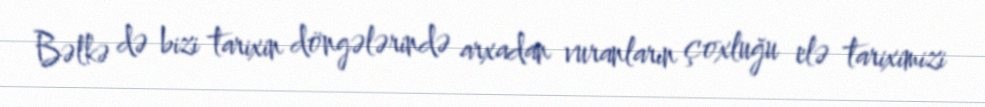
Bəlkə də bizi tarixin döngələrində arxadan vuranların çoxluğu elə tariximizi